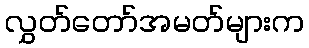
လွှတ်တော်အမတ်များက